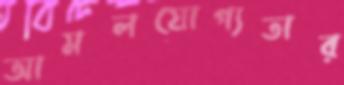
আমলযোগ্যতার